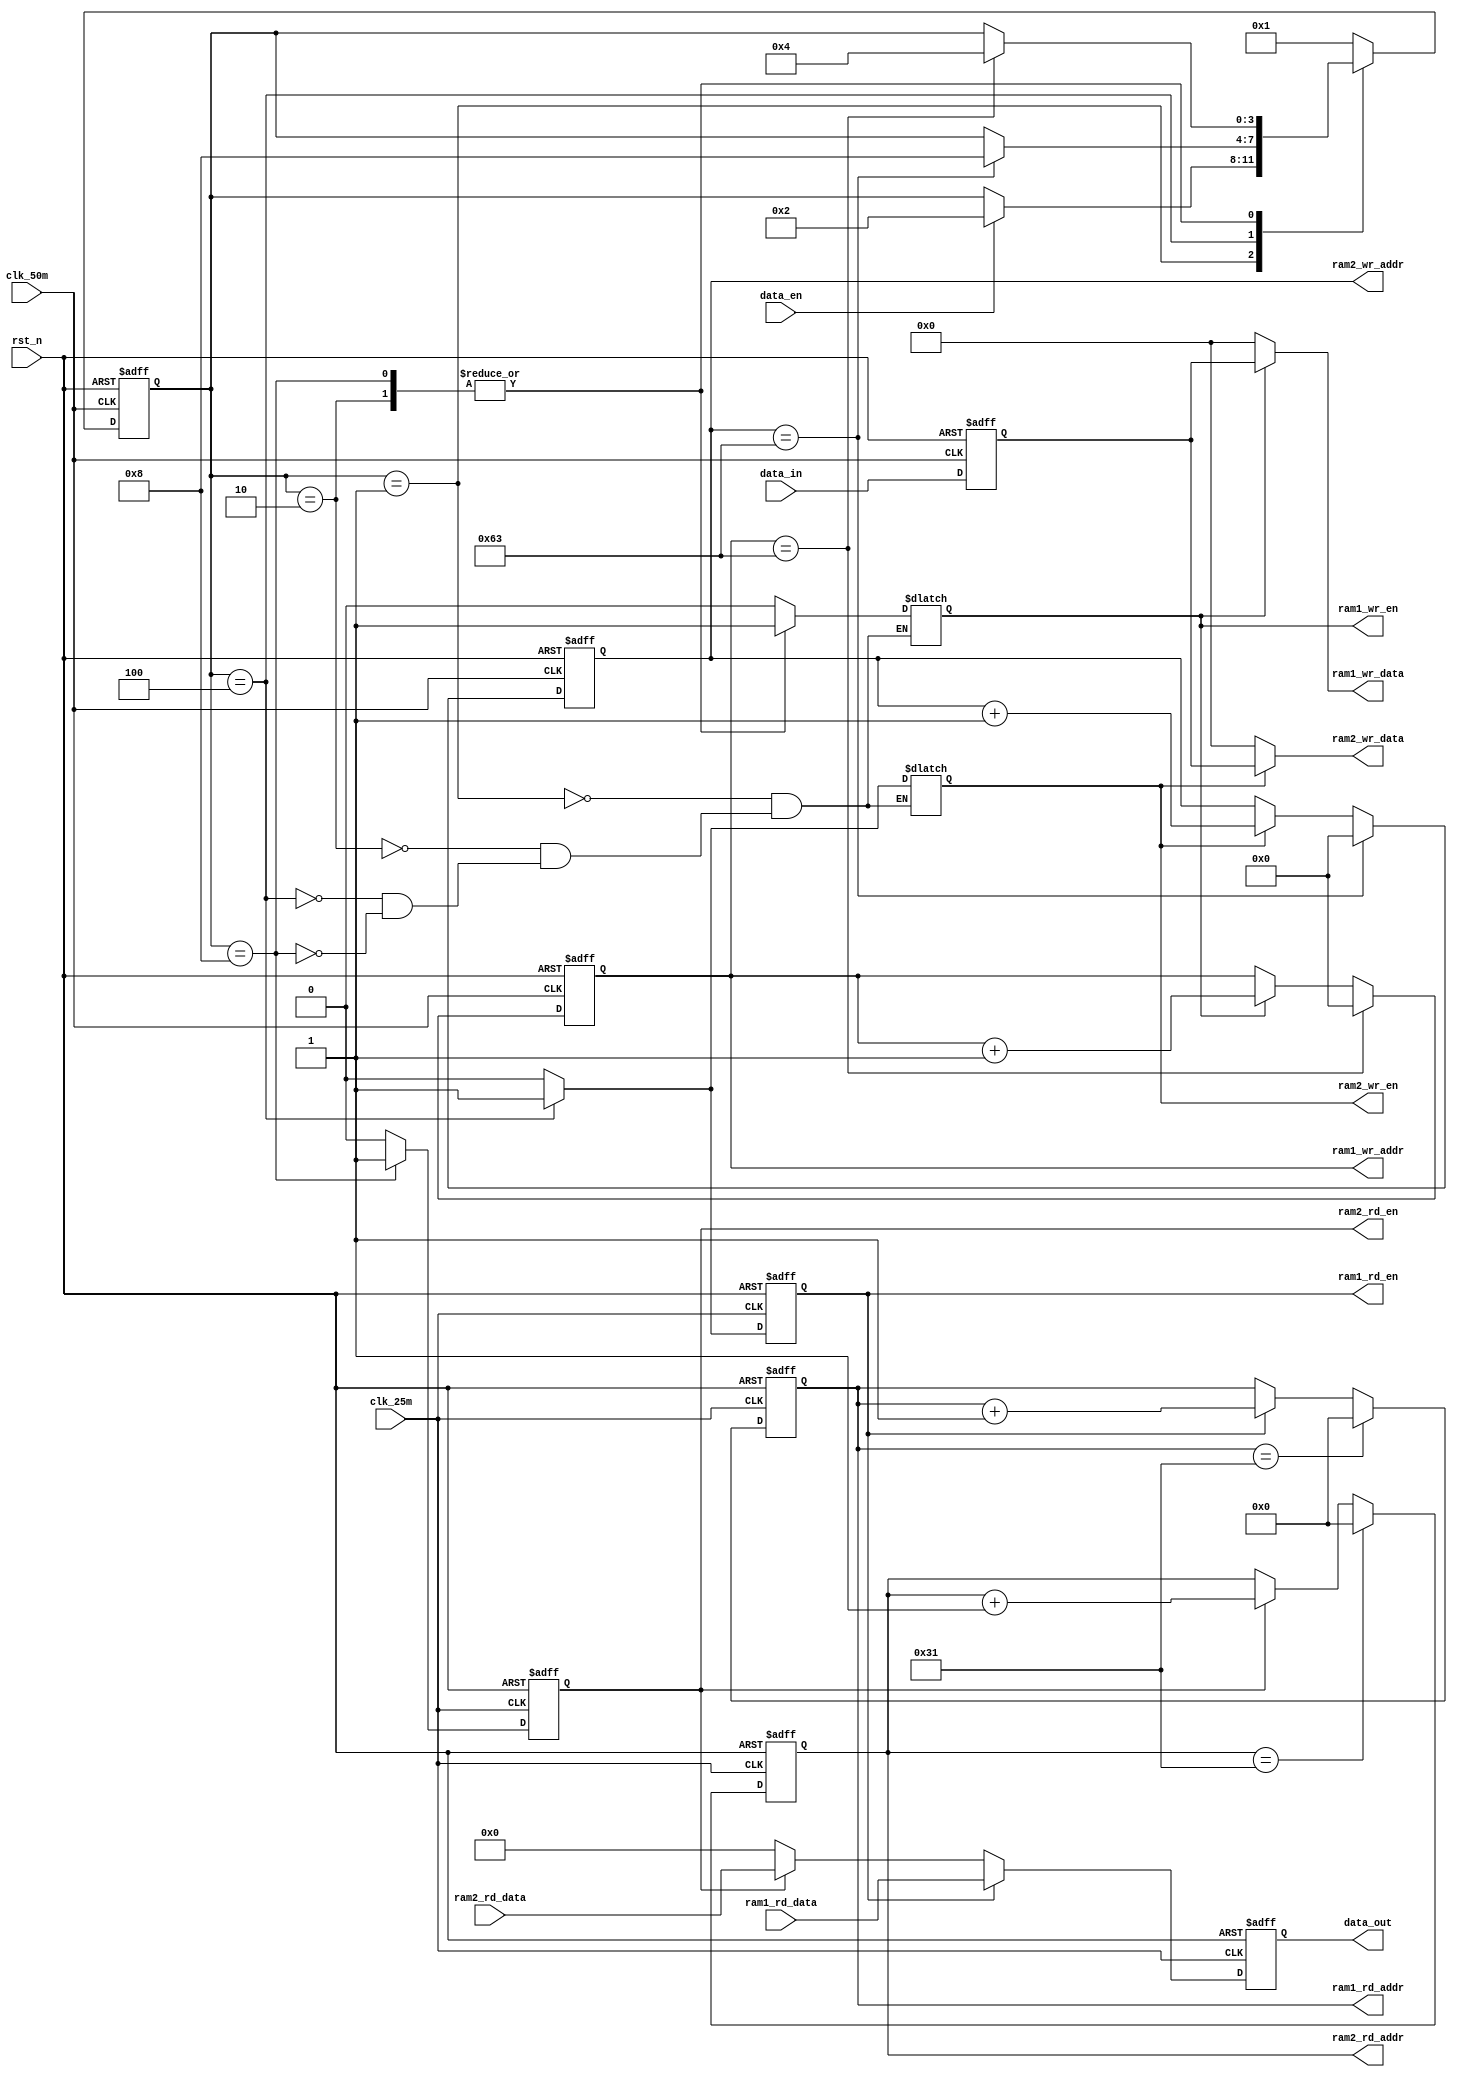
`timescale  1ns/1ns
////////////////////////////////////////////////////////////////////////
// Module Name   : ram_ctrl
// Project Name  : pingpang
// Target Devices: Altera EP4CE10F17C8N
// Tool Versions : Quartus 13.0
// Description   : 
// 
// Revision      : V1.0
// Additional Comments:
// 
// : _Pro_FPGA
//     : http://www.embedfire.com
//     : http://www.firebbs.cn
//     : https://fire-stm32.taobao.com
////////////////////////////////////////////////////////////////////////

module  ram_ctrl
(
    input   wire            clk_50m     ,   //ram50MHz
    input   wire            clk_25m     ,   //ram25MHz
    input   wire            rst_n       ,   //
    input   wire    [15:0]  ram1_rd_data,   //ram1
    input   wire    [15:0]  ram2_rd_data,   //ram2
    input   wire            data_en     ,   //
    input   wire    [7:0]   data_in     ,   //

    output  reg             ram1_wr_en  ,   //ram1
    output  reg             ram1_rd_en  ,   //ram1
    output  reg     [6:0]   ram1_wr_addr,   //ram1
    output  reg     [5:0]   ram1_rd_addr,   //ram1
    output  wire    [7:0]   ram1_wr_data,   //ram1
    output  reg             ram2_wr_en  ,   //ram2
    output  reg             ram2_rd_en  ,   //ram2
    output  reg     [6:0]   ram2_wr_addr,   //ram2
    output  reg     [5:0]   ram2_rd_addr,   //ram2
    output  wire    [7:0]   ram2_wr_data,   //ram2
    output  reg     [15:0]   data_out       //

);

//********************************************************************//
//****************** Parameter and Internal Signal *******************//
//********************************************************************//

//parameter define
parameter   IDLE        =   4'b0001,   //
            WRAM1       =   4'b0010,   //RAM1
            WRAM2_RRAM1 =   4'b0100,   //RAM2RAM1
            WRAM1_RRAM2 =   4'b1000;   //RAM1RAM2

//reg   define
reg     [3:0]   state           ;   //
reg     [7:0]   data_in_reg     ;   //

//********************************************************************//
//******************************* Main Code **************************//
//********************************************************************//

//
assign  ram1_wr_data    =   (ram1_wr_en == 1'b1) ? data_in_reg: 8'd0;
assign  ram2_wr_data    =   (ram2_wr_en == 1'b1) ? data_in_reg: 8'd0;

//
always@(negedge clk_50m or  negedge rst_n)
    if(rst_n == 1'b0)
        data_in_reg <=  8'd0;
    else
        data_in_reg <=  data_in;

//
always@(negedge clk_50m or  negedge rst_n)
    if(rst_n == 1'b0)
            state   <=  IDLE;
    else    case(state)
        IDLE://RAM1
            if(data_en == 1'b1)
                state   <=  WRAM1;
        WRAM1://RAM1RAM2RAM1
            if(ram1_wr_addr == 7'd99)
                state   <=  WRAM2_RRAM1;
        WRAM2_RRAM1://RAM2RAM1RAM2
            if(ram2_wr_addr == 7'd99)
                state   <=  WRAM1_RRAM2;
        WRAM1_RRAM2://RAM1RAM2RAM1
            if(ram1_wr_addr == 7'd99)
                state   <=  WRAM2_RRAM1;
        default:
                state   <=  IDLE;
    endcase

//RAM1,RAM2
always@(*)
    case(state)
        IDLE:
            begin
                ram1_wr_en  =  1'b0;
                ram2_wr_en  =  1'b0;
            end
        WRAM1:
            begin
                ram1_wr_en  =  1'b1;
                ram2_wr_en  =  1'b0;
            end
        WRAM2_RRAM1:
            begin
                ram1_wr_en  =  1'b0;
                ram2_wr_en  =  1'b1;
            end
        WRAM1_RRAM2:
            begin
                ram1_wr_en  =  1'b1;
                ram2_wr_en  =  1'b0;
            end
        default:;
    endcase

//RAM1
always@(negedge clk_25m or  negedge rst_n)
    if(rst_n == 1'b0)
        ram1_rd_en  <=  1'b0;
    else    if(state == WRAM2_RRAM1)
        ram1_rd_en  <=  1'b1;
    else
        ram1_rd_en  <=  1'b0;

//RAM2
always@(negedge clk_25m or  negedge rst_n)
    if(rst_n == 1'b0)
        ram2_rd_en  <=  1'b0;
    else    if(state == WRAM1_RRAM2)
        ram2_rd_en  <=  1'b1;
    else
        ram2_rd_en  <=  1'b0;

//RAM1
always@(negedge clk_50m or  negedge rst_n)
    if(rst_n == 1'b0)
        ram1_wr_addr   <=  7'd0;
    else    if(ram1_wr_addr    ==  7'd99)
        ram1_wr_addr   <=  7'd0;
    else    if(ram1_wr_en == 1'b1)
        ram1_wr_addr   <=  ram1_wr_addr   +   1'b1;

//RAM2
always@(negedge clk_50m or  negedge rst_n)
    if(rst_n == 1'b0)
        ram2_wr_addr   <=  7'b0;
    else    if(ram2_wr_addr    ==  7'd99)
        ram2_wr_addr   <=  7'b0;
    else    if(ram2_wr_en == 1'b1)
        ram2_wr_addr   <=  ram2_wr_addr   +   1'b1;

//RAM1
always@(negedge clk_25m or  negedge rst_n)
    if(rst_n == 1'b0)
        ram1_rd_addr   <=  6'd0;
    else    if(ram1_rd_addr    ==  6'd49)
        ram1_rd_addr   <=  6'b0;
    else    if(ram1_rd_en == 1'b1)
        ram1_rd_addr   <=  ram1_rd_addr   +   1'b1;

//RAM2
always@(negedge clk_25m or  negedge rst_n)
    if(rst_n == 1'b0)
        ram2_rd_addr   <=  6'd0;
    else    if(ram2_rd_addr    ==  6'd49)
        ram2_rd_addr   <=  6'b0;
    else    if(ram2_rd_en == 1'b1)
        ram2_rd_addr   <=  ram2_rd_addr   +   1'b1;

//
always@(negedge clk_25m or  negedge rst_n)
    if(rst_n == 1'b0)
        data_out    <=  16'd0;
    else    if(ram1_rd_en == 1'b1)
        data_out    <=  ram1_rd_data;
    else    if(ram2_rd_en == 1'b1)
        data_out    <=  ram2_rd_data;
    else
        data_out    <=  16'd0;

endmodule